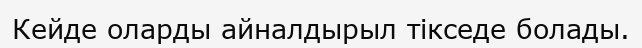
Кейде оларды айналдырыл тікседе болады.